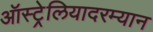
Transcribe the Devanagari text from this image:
ऑस्ट्रेलियादरम्यान